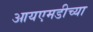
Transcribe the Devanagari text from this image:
आयएमडीच्या